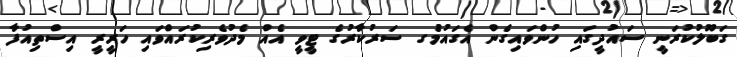
ގަބޫލުކުރަނީ ސައުދީގައި ހުންވައިގެން އެގައުމުެގ ސަރުކާރުގެ ޓީވީ އެއް މެދުވެރިކުރައްވައި ހަރީރީ އިސްތިއުފާ